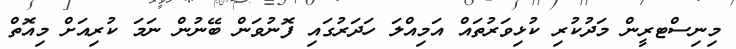
މިނިސްޓރީން މަދުކުރި ކުޅިވަރުތައް އަމިއްލަ ހަދަރުގައި ފޮނުވަން ބޭނުން ނަމަ ކުރިއަށް މިއޮތް